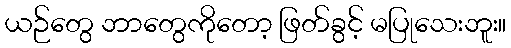
ယဉ်တွေ ဘာတွေကိုတော့ ဖြတ်ခွင့် မပြုသေးဘူး။